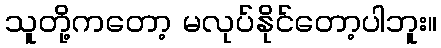
သူတို့ကတော့ မလုပ်နိုင်တော့ပါဘူး။